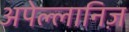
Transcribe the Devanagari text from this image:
अपेल्लानिज़